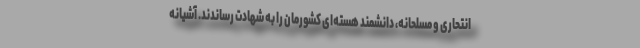
انتحاری و مسلحانه، دانشمند هسته‌ای کشورمان را به شهادت رساندند. آشیانه